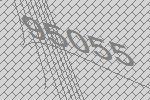
95055